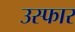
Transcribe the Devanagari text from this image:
उस्फार